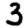
Digit: 3